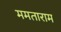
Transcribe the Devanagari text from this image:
ममताराम